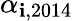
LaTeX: \alpha_{\mathbf{i},2014}